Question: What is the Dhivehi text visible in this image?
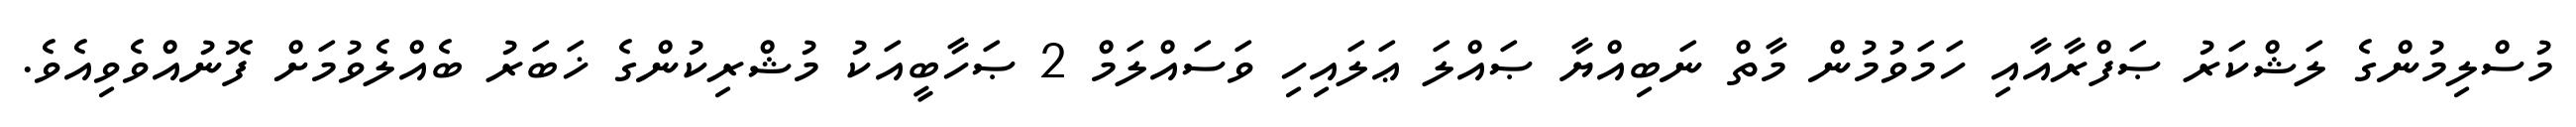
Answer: މުސްލިމުންގެ ލަޝްކަރު ޞަފްރާއާއި ހަމަވުމުން މާތް ނަބިއްޔާ ޞައްލަ ޢަލައިހި ވަސައްލަމް 2 ޞަހާބީއަކު މުޝްރިކުންގެ ޚަބަރު ބެއްލެވުމަށް ފޮނުއްވެވިއެވެ.